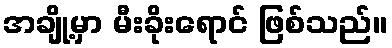
အချို့မှာ မီးခိုးရောင် ဖြစ်သည်။